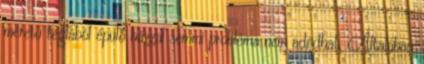
méretű téglából épülő házzal semmi probléma nem adódhat. Általában